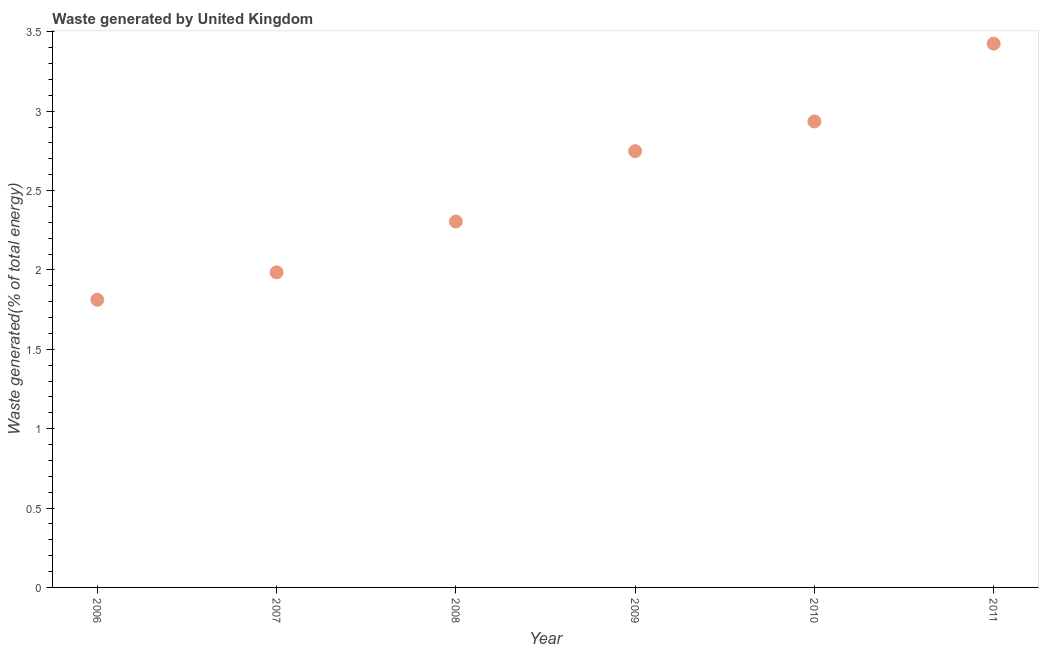
| Year | Combustible renewables and waste (% of total energy) |
 | --- | --- |
 | 2006 | 1.81 |
 | 2007 | 1.98 |
 | 2008 | 2.3 |
 | 2009 | 2.75 |
 | 2010 | 2.94 |
 | 2011 | 3.43 |